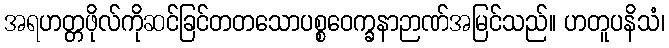
အရဟတ္တဖိုလ်ကိုဆင်ခြင်တတသောပစ္စဝေက္ခနာဉာဏ်အမြင်သည်။ ဟတူပနိသံ၊